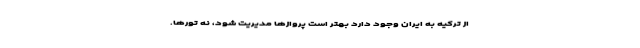
از ترکیه به ایران وجود دارد بهتر است پروازها مدیریت شود، نه تورها.